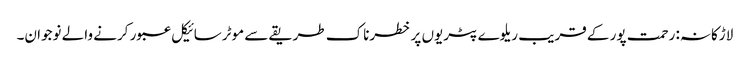
لاڑکانہ: رحمت پور کے قریب ریلوے پٹریوں پر خطرناک طریقے سے موٹرسائیکل عبور کرنے والے نوجوان۔